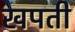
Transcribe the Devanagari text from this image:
खपती